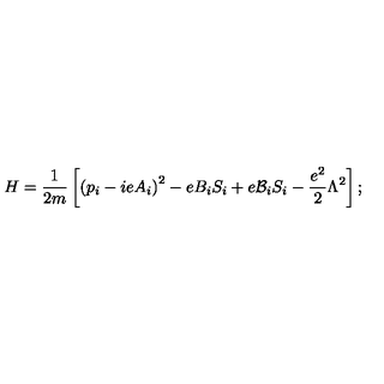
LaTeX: H = \frac { 1 } { 2 m } \left[ \left( p _ { i } - i e A _ { i } \right) ^ { 2 } - e B _ { i } S _ { i } + e { \cal { B } } _ { i } S _ { i } - \frac { e ^ { 2 } } { 2 } \Lambda ^ { 2 } \right] ;